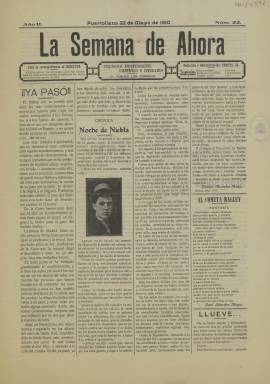
Título: La Semana de ahora
Colección: Periódicos
Ámbito geográfico: Ciudad Real
Lugar de publicación: Puertollano [Ciudad Real]
Fechas: 22/05/1910-22/05/1910